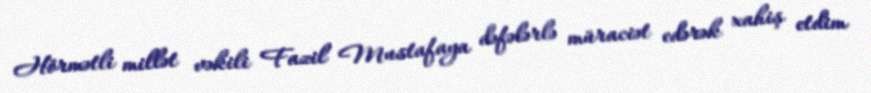
Hörmətli millət vəkili Fazil Mustafaya dəfələrlə müraciət edərək xahiş etdim